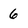
Character: 6